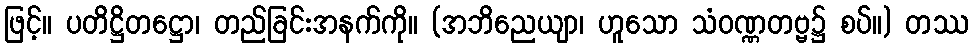
ဖြင့်။ ပတိဋ္ဌိတဋ္ဌော၊ တည်ခြင်းအနက်ကို။ (အဘိညေယျာ၊ ဟူသော သံဝဏ္ဏတဗ္ဗ၌ စပ်။) တဿ